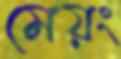
মেয়ং